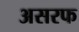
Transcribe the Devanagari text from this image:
असरफ